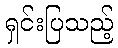
ရှင်းပြသည့်